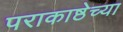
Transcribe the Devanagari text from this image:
पराकाष्ठेच्या